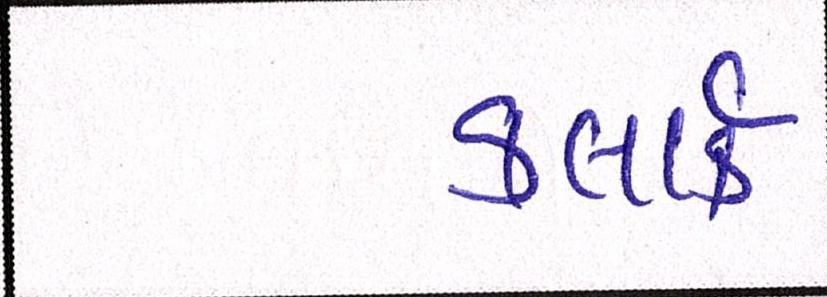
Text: કલાર્ક